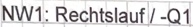
Text: NW1: Rechtslauf / -Q1